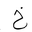
Letter: _kha